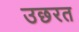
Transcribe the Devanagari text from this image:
उछरत